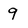
Character: 9